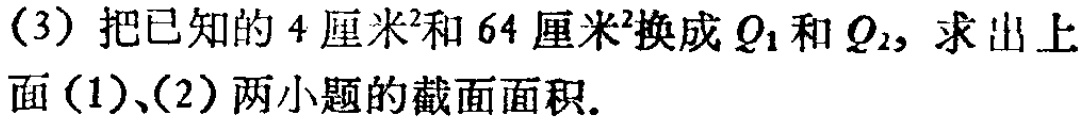
(3) 把已知的 \(4\) 厘米\(^{2}\)和 \(64\) 厘米\(^{2}\)换成 \(Q_{1}\) 和 \(Q_{2}\)，求出上
面(1)、(2)两小题的截面面积.